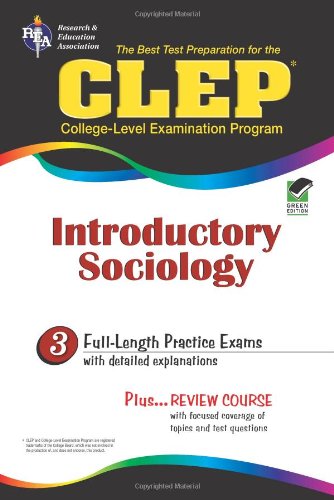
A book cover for CLEP Introductory Sociology (CLEP Test Preparation); William Egelman; Test Preparation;